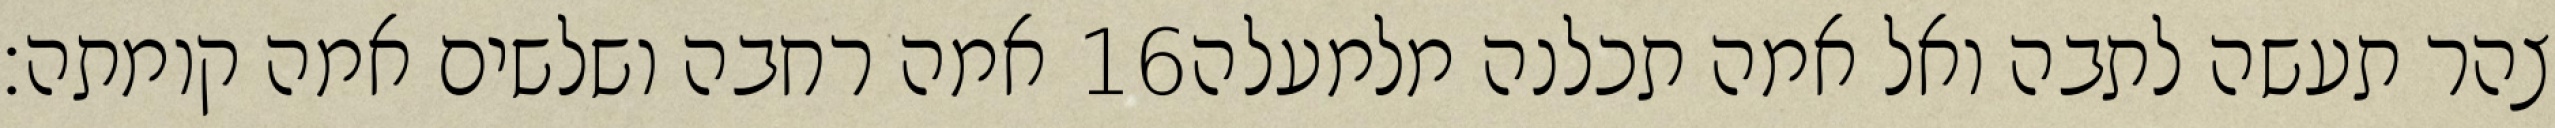
אמה רחבה ושלשים אמה קומתה׃ ‎16‏ צהר תעשה לתבה ואל אמה תכלנה מלמעלה